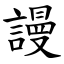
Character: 謾